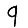
Digit: 9